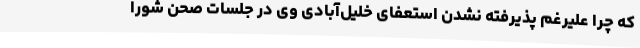
که چرا علیرغم پذیرفته نشدن استعفای خلیل‌آبادی وی در جلسات صحن شورا